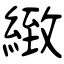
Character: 緻